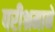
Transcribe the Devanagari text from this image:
परीश्रमाने